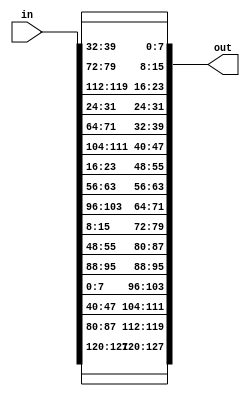
module shiftRows(input [0:127] in, output [0:127] out);

// first row: output is same as input
assign out[0:7] = in[0:7];
assign out[32:39] = in[32:39];
assign out[64:71] = in[64:71];
assign out[96:103] = in[96:103];

// second row: output is left-shifted by 1
assign out[8:15] = in[40:47];
assign out[40:47] = in[72:79];
assign out[72:79] = in[104:111];
assign out[104:111] = in[8:15];

// third row: output is left-shifted by 2
assign out[16:23] = in[80:87];
assign out[48:55] = in[112:119];
assign out[80:87] = in[16:23];
assign out[112:119] = in[48:55];

// fourth row: output is left-shifted by 3
assign out[24:31] = in[120:127];
assign out[56:63] = in[24:31];
assign out[88:95] = in[56:63];
assign out[120:127] = in[88:95];

endmodule